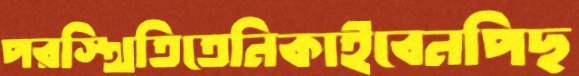
পরস্থিতিতেনিকাইবেনপিছ